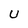
Character: U